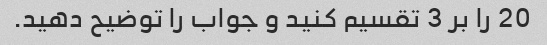
20 را بر 3 تقسیم کنید و جواب را توضیح دهید.